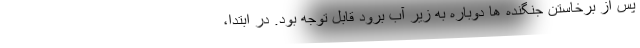
پس از برخاستن جنگنده ها دوباره به زیر آب برود قابل توجه بود. در ابتدا،